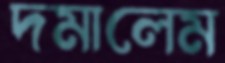
দমালেম